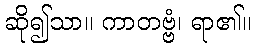
ဆို၍သာ။ ကာတဗ္ဗံ၊ ရာ၏။